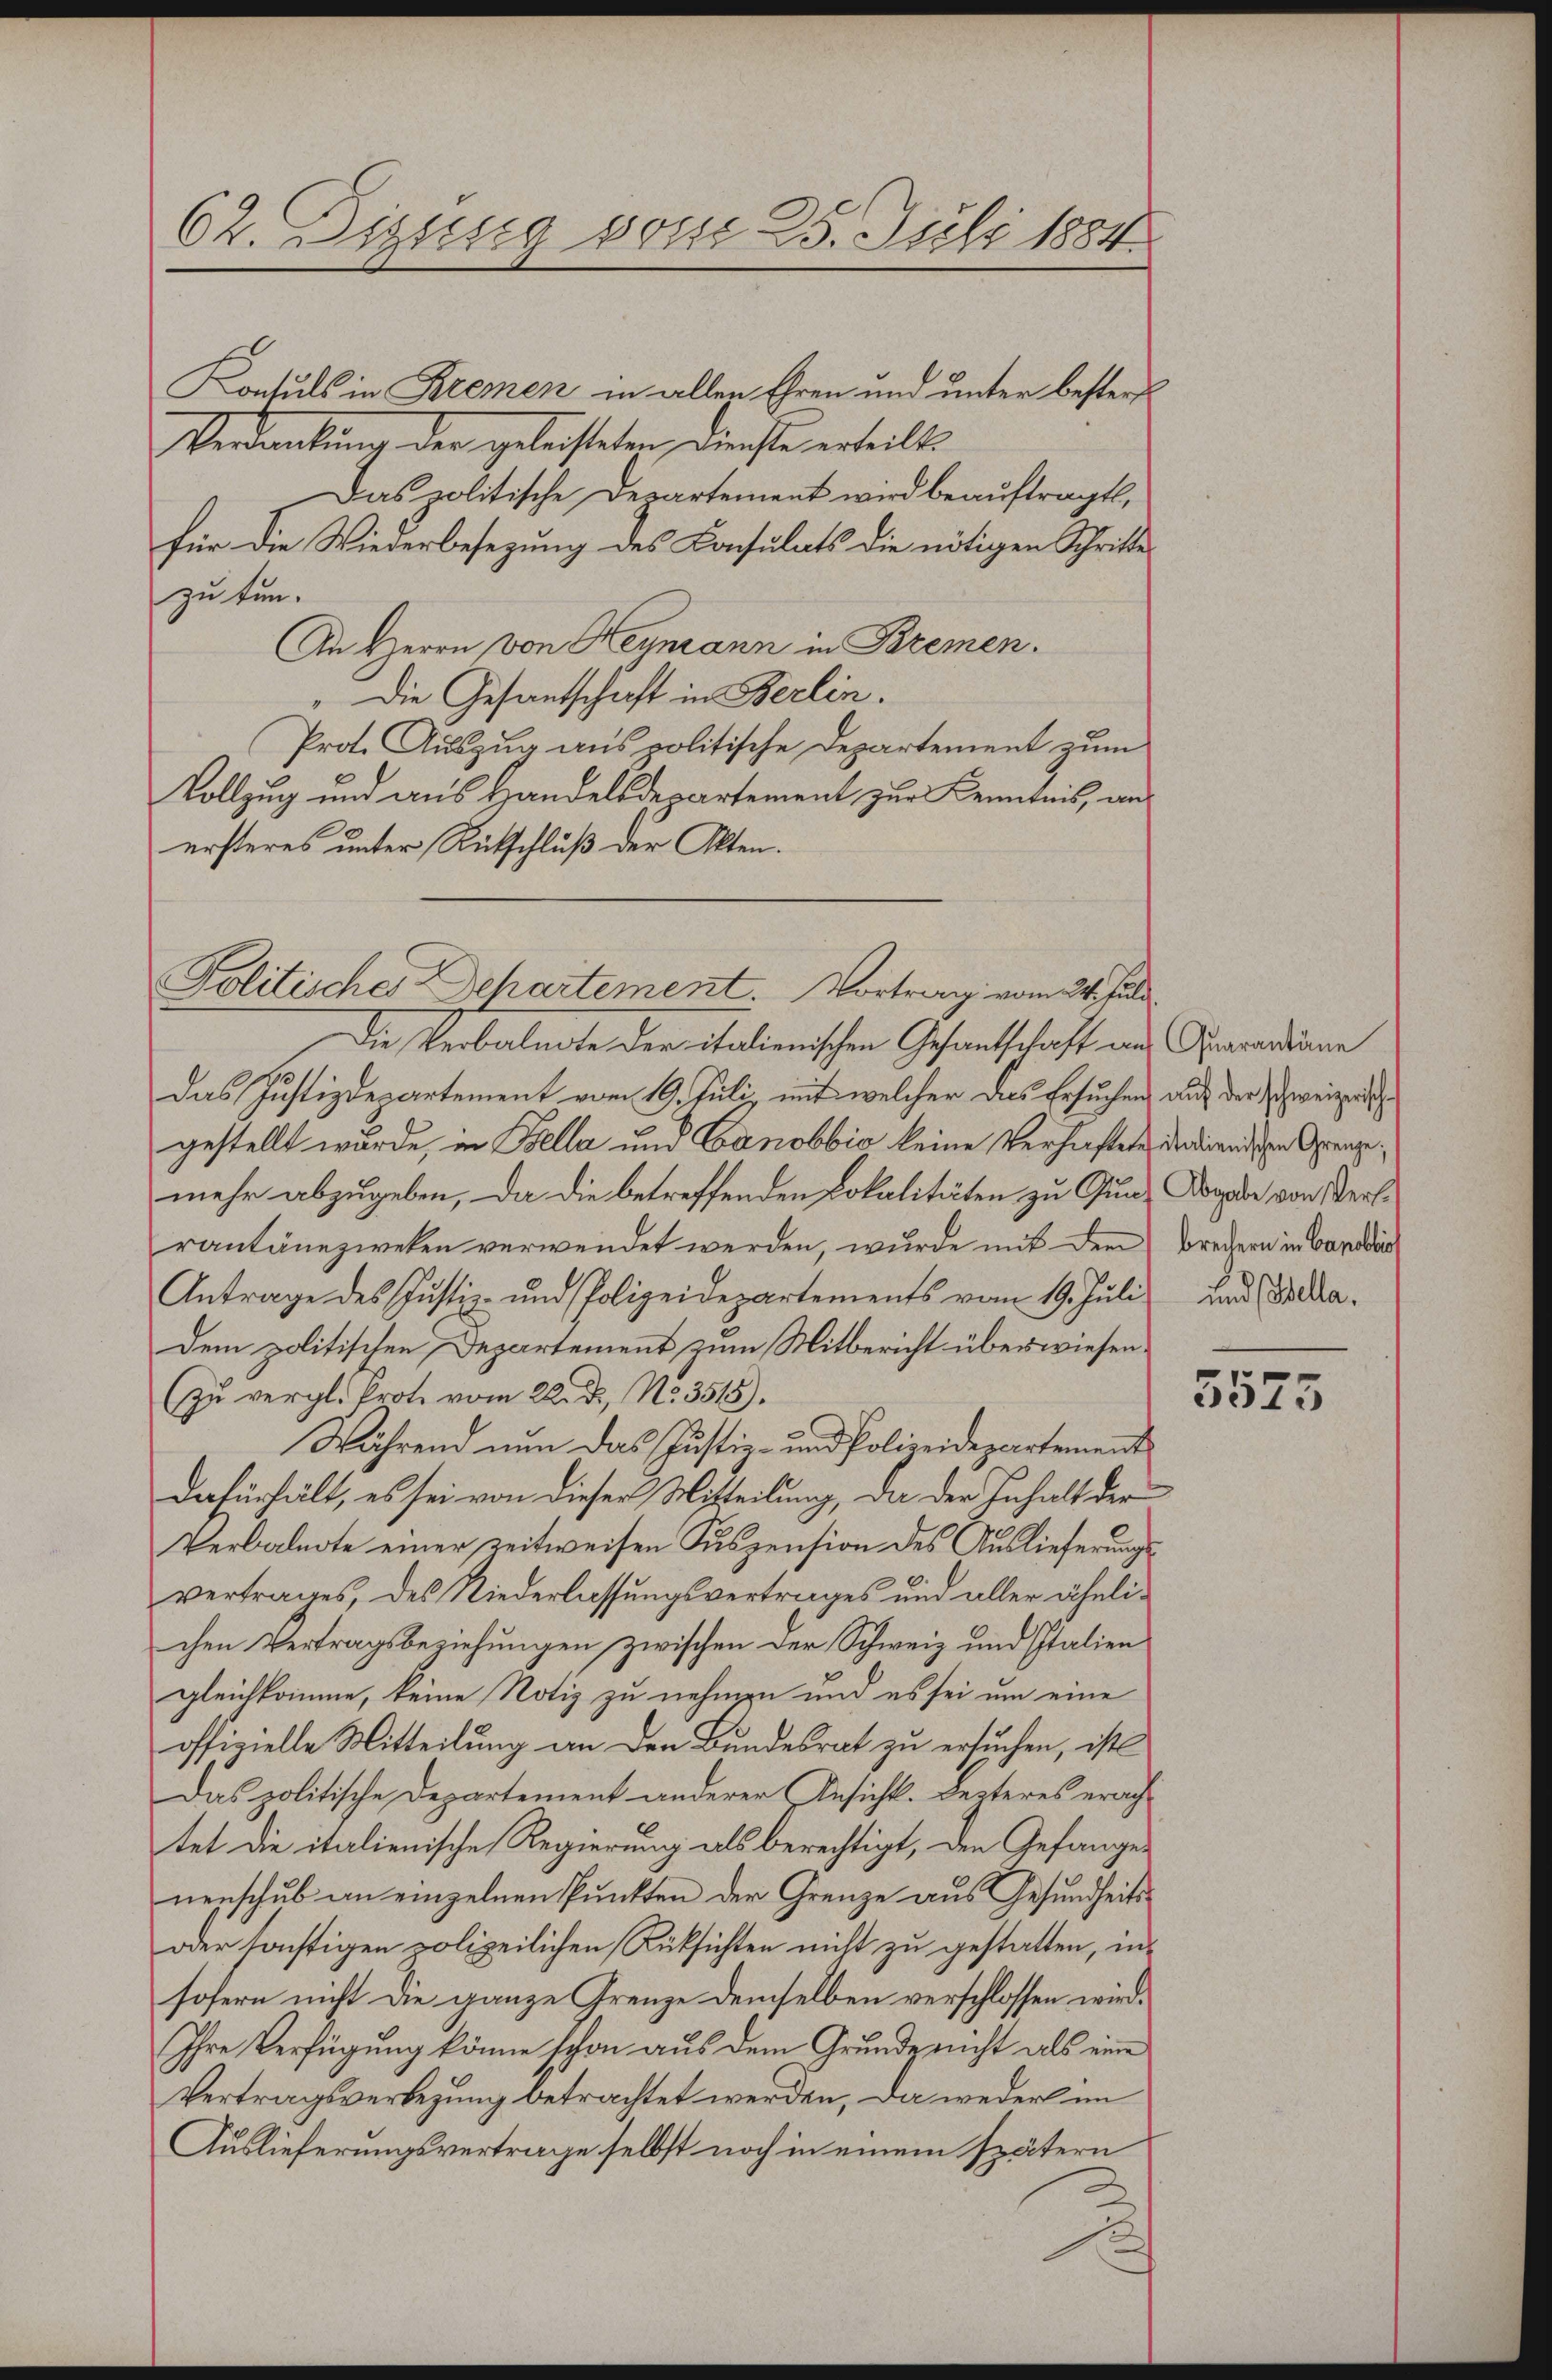
62. Brung vom 25. Juli 1884

Konsuls in Kremen in allen Ehren und unter besters
Verdankung der geleisteten Dienste erheilt
Das politische Departement wird beauftragt,
für die Wiederbesezung des Consulats die nötigen Schritte
zu tun.
An Herrn von Neumann in Bremen.
" Die Gesantschaft in Berlin.
Prot. Auszug aus politische Departement zum
Vollzug und aus Handelsdepartement zur Kenntnis, anersteres unter Rütschluß der Akten.

Politisches Departement. Vortrag vom 24. Juli

Die Verbalnote der italienischen Gesantschaft ans Quarandaue
das Justizdepartement vom 19. Juli, mit welcher das Ersuchen auf der Zweizerische
gestellt wurde, in Bella und Canobbio keine Verhaftete dadurnigen Grenzemehr abzugeben, da die betreffenden Lokalitäten zu Gunz Dogade von Verrantänezweken verwendet werden, wurde mit dem Brechern in Bandas
Antrage des Justiz- und Polizeidepartements vom 19. Juli und Selladem politischen Departement zum Mitbericht überwiesenzu vergl. Prote vom 22. d. No. 3515).
Während nun das Justiz- und Polizeidepartement
dafürhält, es sei von dieser Mitteilung, da der Inhalt der
Verbalnote einer zeitweisen Suspension des Auslieferungsvertrages, des Niederlassungsvertrages und aller ähnlichen Vertragsbeziehungen zwischen der Schweiz und Italiengleichkomme, keine Notiz zu nehmen und es sei um eine
offizielle Mitteilung an den Bundesrat zu ersuchen, ist
Das politische Departement anderer Ansicht. Lezteres erach-
tet die italienische Regierung als berechtigt, den Gefangenerschub an einzelnen Punkten der Grenze aus Gesundheits¬
oder sonstigen polizeilichen Rücksichten nicht zu gestatten, insofern nicht die ganze Grenze demselben verschlossen wird.
Ihre Verfügung könne schon aus dem Grunde nicht als eine
Vertragsverbezung betrachtet werden, da weder im
Auslieferungsvertrage selbst noch in einem spätern

5573